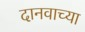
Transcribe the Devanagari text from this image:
दानवाच्या